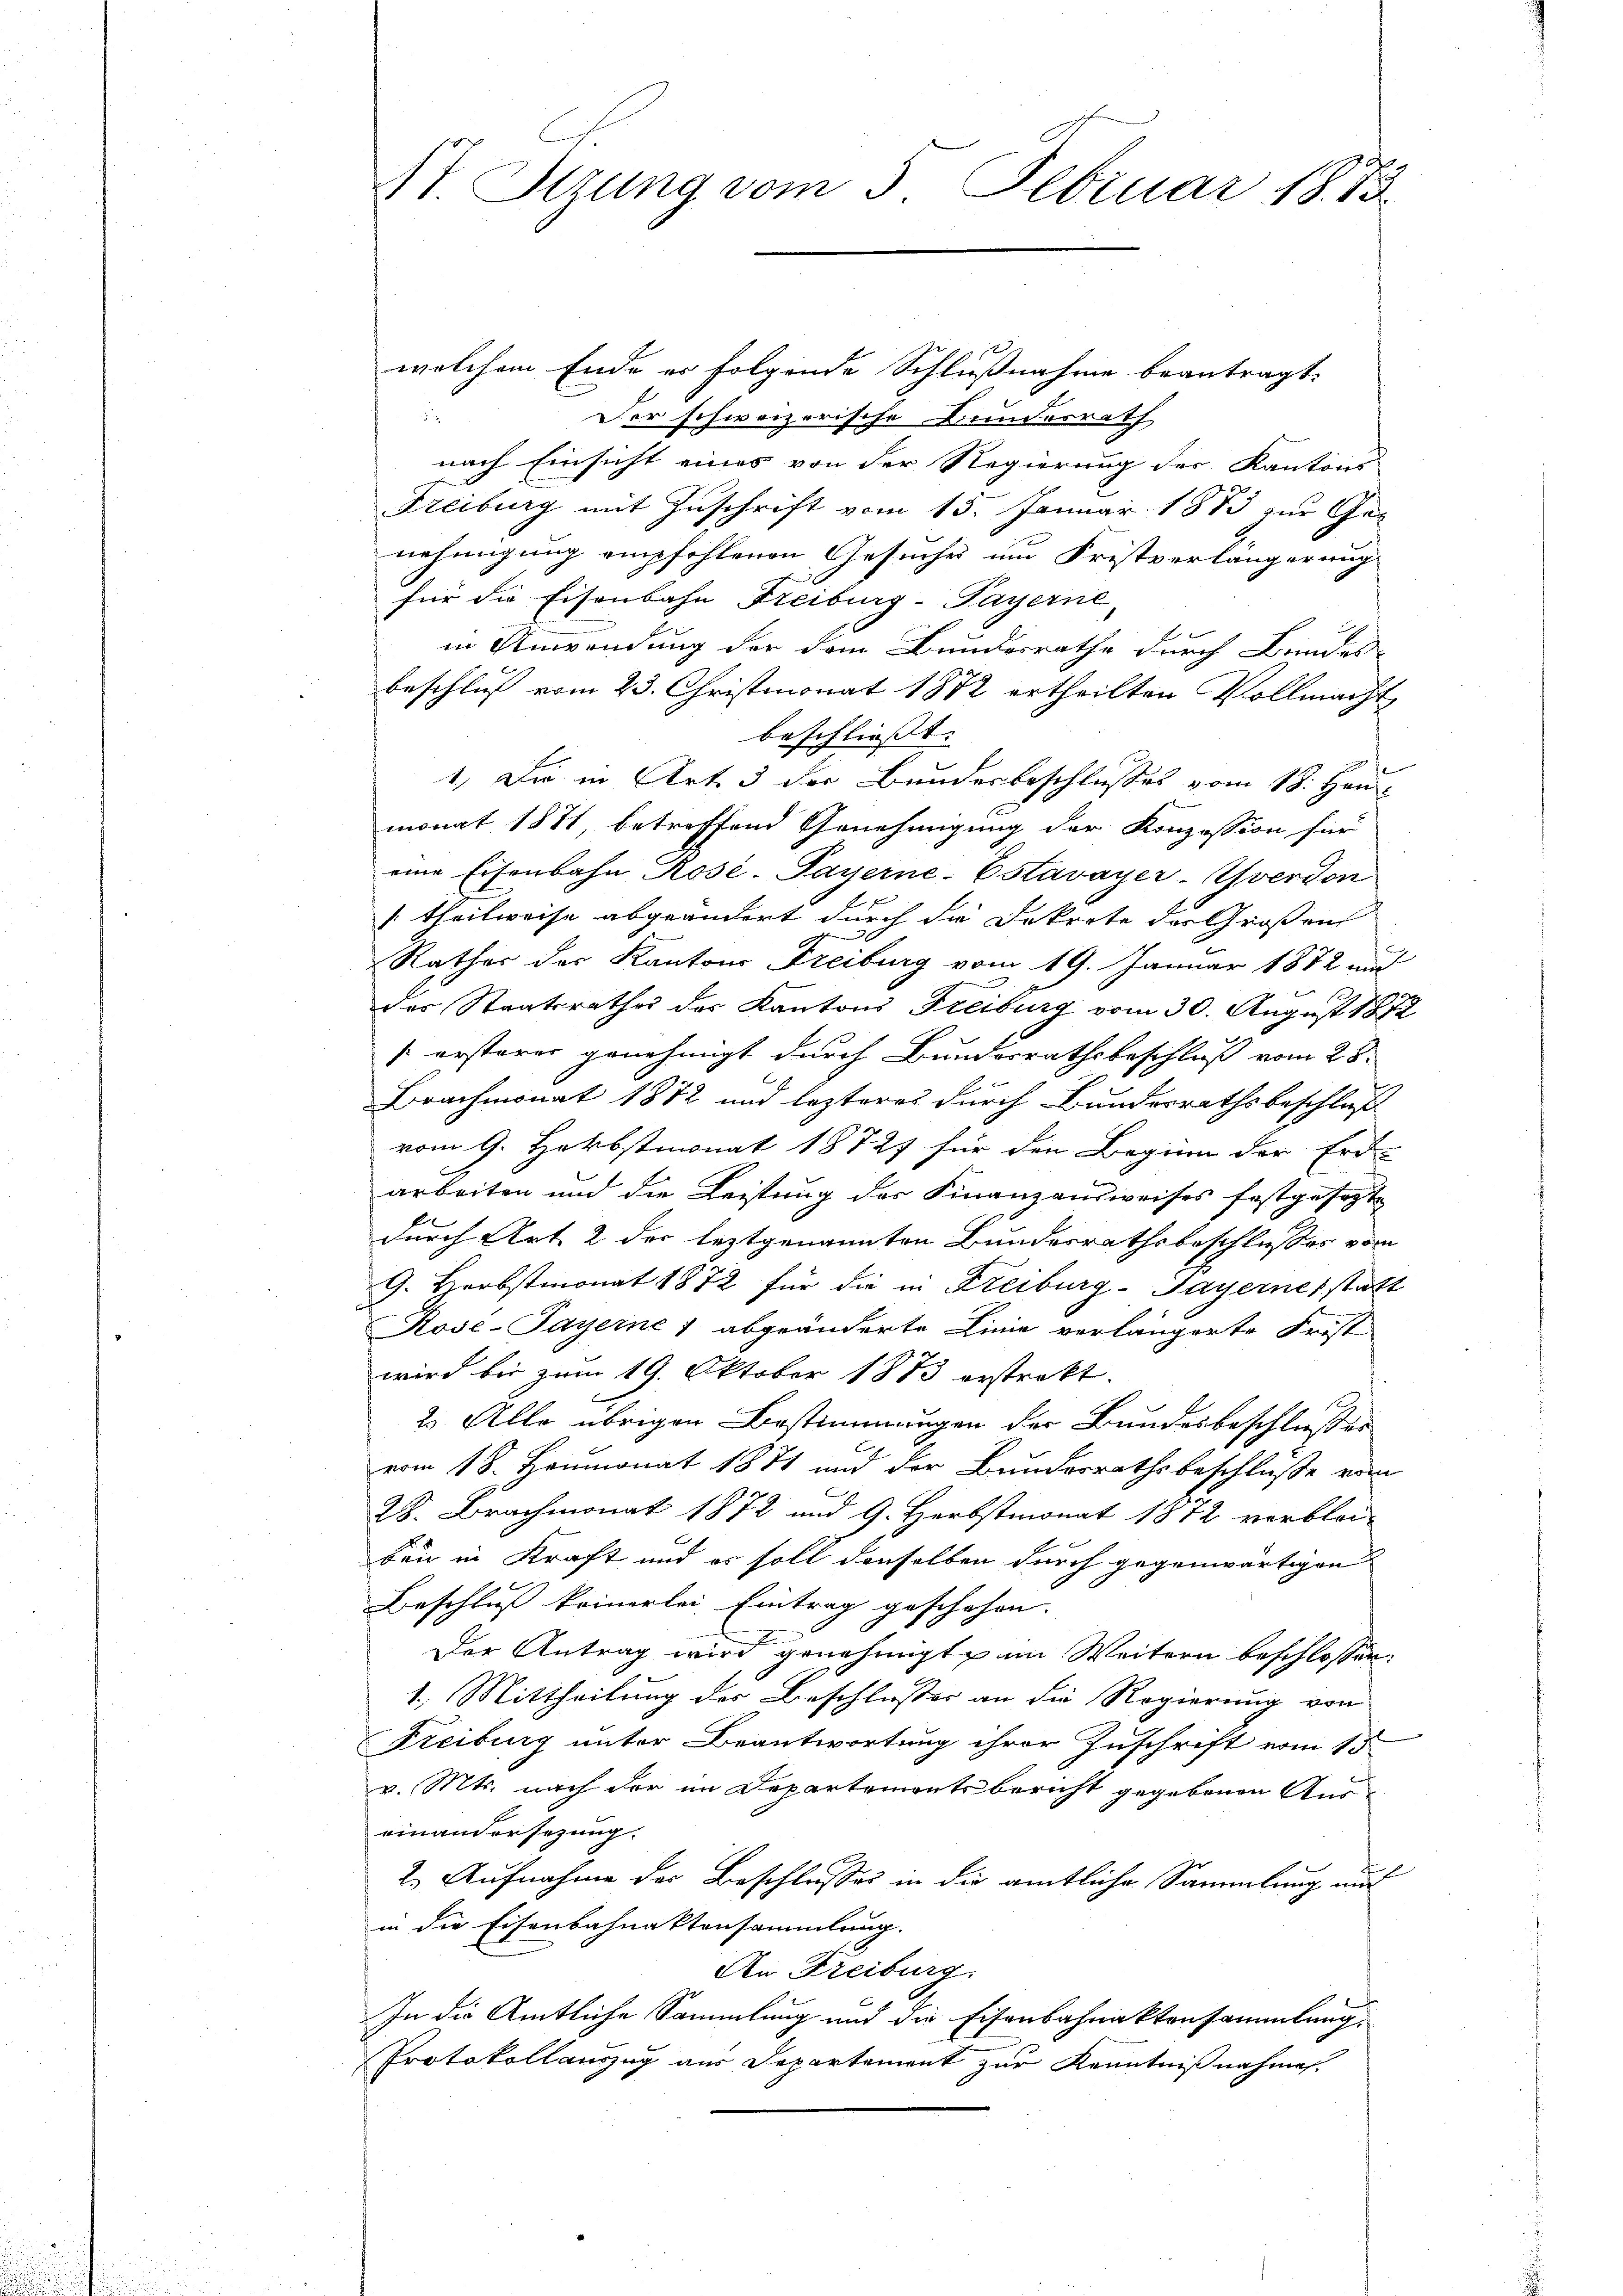
4t. Stzung vom 5. Februar 1883

welchem Ende er folgende Schlußnahme beantragt.
u
Der schweizerische Bundesrath
nach Einsicht eines von der Regierung der Kantons
Freiburg mit Zuschrift vom 15. Januar 1883 zur Genehmigung empfehlenen Gesuches um Fristverlängerung
für die Eisenbahn Freiburg-Payerne,
in Anwendung der dem Bundesrathe durch Bundes-
beschluß vom 23. Christmonat 1872 ertheilten Vollmacht
beschliesst. |
1.) Die in Art. 3 der Bundesbeschlusses vom 18. Heu-
monat 1871, betreffend Genehmigung der Konzession für
eine Eisenbahn Rose-Payerne-Estavayer-Yverdon
(theilweise abgeändert durch die Dekrete der Großen
Rathes der Kantons Freiburg vom 19. Januar 1872 und
des Staatsrathes des Kantons Freiburg vom 30. August 1872
[ersterer genehmigt durch Bundesrathsbeschluß vom 28.
Brachmonat 1872 und lezteres durch Bundesrathsbeschluß
vom 9. Herbstmonat 18727 für den Beginn der Erd-
arbeiten und die Leistung der Finanzausweises festgesezte
durch Art. 2 der leztgenannten Bundesrathsbeschlusses vom
G. Herbstmonat 1872 für die in Freiburg-Sayernes statt
Rose-Payerne 1 abgeänderte Linie verlängerte Fristi-
wird bis zum 19. Oktober 1873 erstrekt.

2. Alle übrigen Bestimmungen der Bundesbeschlusses
vom 18. Heumonat 1871 und der Bundesrathsbeschluße vom
28. Brachmonat 1872 und G. Herbstmonat 1872 verblei-
ben in Kraft und es soll denselben durch gegenwärtigen
Beschluß keinerlei Eintrag geschehen.
Der Antrag wird genehmigt, im Weitern beschlossen:
1. Mittheilung der Beschlusser an die Regierung von
Freibung unter Beantwortung ihrer Zuschrift vom 15.
v. Mts. nach der im Departementsbericht gegebenen Aus-
einandersezung.
2. Aufnahme des Beschlusses in die amtliche Sammlung aus
in die Eisenbahnaktensammlung.
An Freiburg.
In die Amtliche Sammlung und die Eisenbahnaktensammlung.
Protokollauszug aus Departement zur Kenntnißnahme.